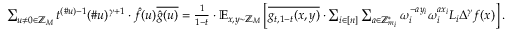
\begin{array} { r } { \sum _ { u \ne 0 \in \mathbb { Z } _ { M } } t ^ { ( \# u ) - 1 } ( \# u ) ^ { \gamma + 1 } \cdot \hat { f } ( u ) \overline { { \hat { g } ( u ) } } = \frac { 1 } { 1 - t } \cdot \mathbb { E } _ { x , y \sim \mathbb { Z } _ { M } } \left[ \overline { { g _ { t , 1 - t } ( x , y ) } } \cdot \sum _ { i \in [ n ] } \sum _ { a \in \mathbb { Z } _ { m _ { i } } ^ { * } } \omega _ { i } ^ { - a y _ { i } } \omega _ { i } ^ { a x _ { i } } L _ { i } \Delta ^ { \gamma } f ( x ) \right] . } \end{array}